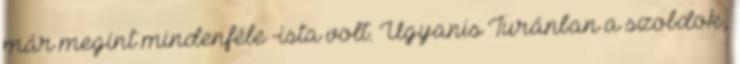
már megint mindenféle -ista volt. Ugyanis Turánban a szobdok,